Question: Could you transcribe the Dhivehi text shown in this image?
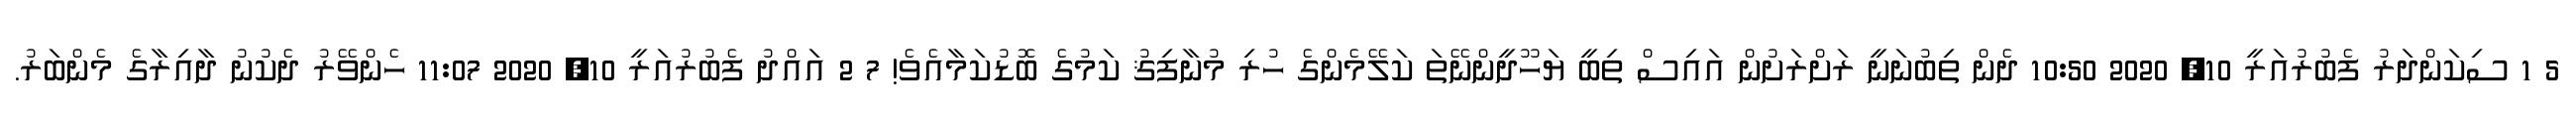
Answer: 5 1 ސިކަންދަރު ފެބުރުއަރީ 10, 2020 10:50 ދެން ތިބުނަނީ ރަށްރަށުން އައިސް ތިބީ ޔަހޫދީންނޭތަ ކަލޭމެންގެ ހުރި މުނާފިޤު ކަމުގެ ބޮޑުކަމާއެވެ! 7 2 އައްދު ފެބުރުއަރީ 10, 2020 11:07 ހެންވޭރު ދެކުނު ދާއިރާގެ މެންބަރު.